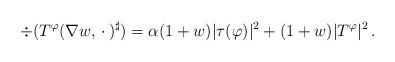
LaTeX: \begin{align*} \div(T^\varphi(\nabla w,\,\cdot\,)^\sharp) = \alpha(1+w)|\tau(\varphi)|^2 + (1+w)|T^\varphi|^2 \, .\end{align*}